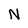
Character: N